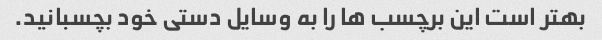
بهتر است این برچسب ها را به وسایل دستی خود بچسبانید.